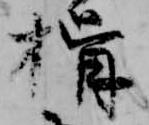
揖